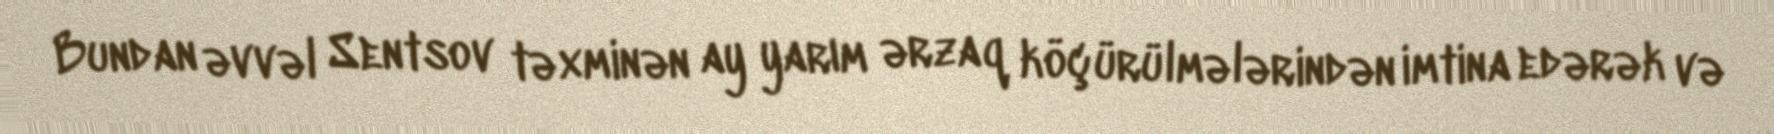
Bundan əvvəl Sentsov təxminən ay yarım ərzaq köçürülmələrindən imtina edərək və